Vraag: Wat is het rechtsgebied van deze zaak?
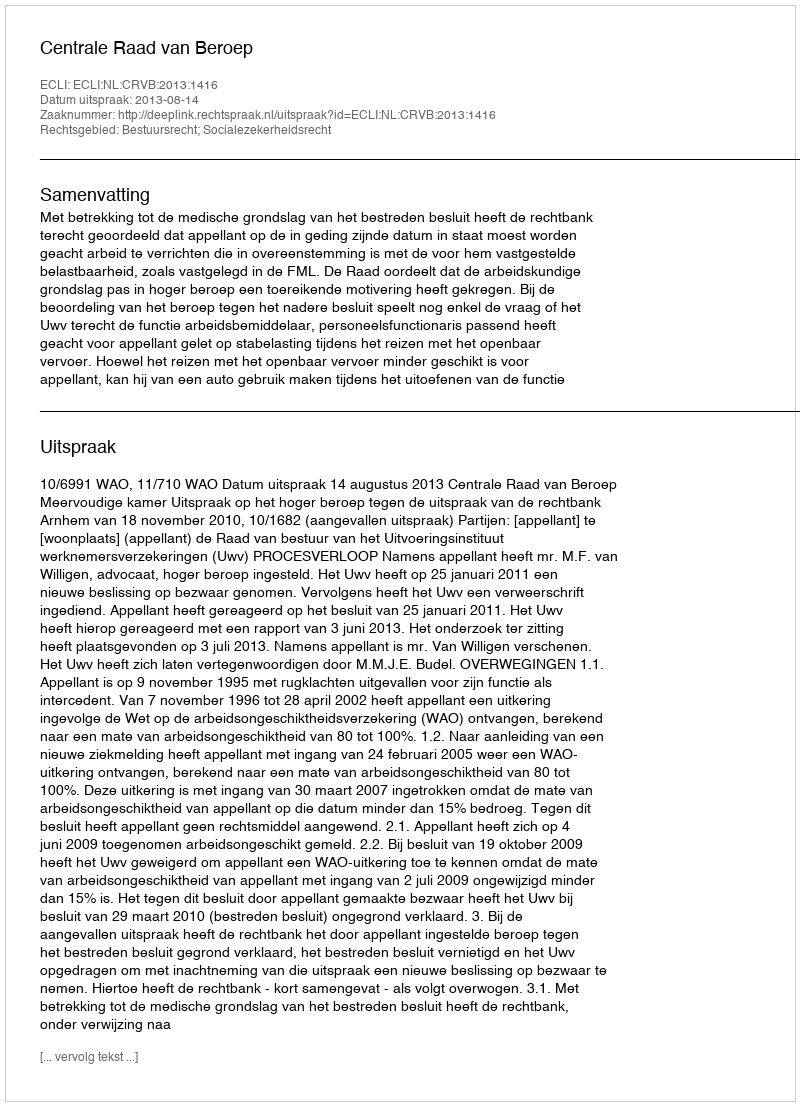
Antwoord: Bestuursrecht; Socialezekerheidsrecht